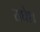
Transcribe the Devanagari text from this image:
राघेश